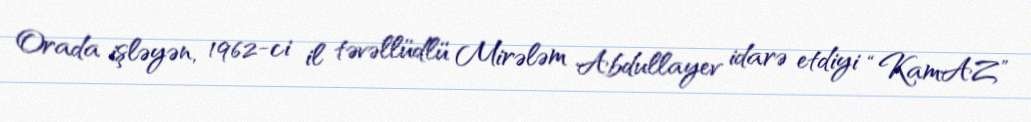
Orada işləyən, 1962-ci il təvəllüdlü Mirələm Abdullayev idarə etdiyi “KamAZ”